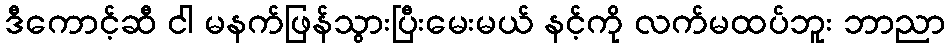
ဒီကောင့်ဆီ ငါ မနက်ဖြန်သွားပြီးမေးမယ် နင့်ကို လက်မထပ်ဘူး ဘာညာ